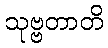
သုဗ္ဗတာတိ